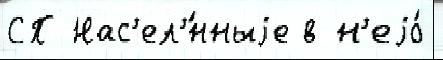
СП Нас'ел'́нныjе в н'еjо́